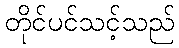
တိုင်ပင်သင့်သည်